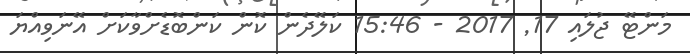
މަންޓޭ ޖުލައި 17